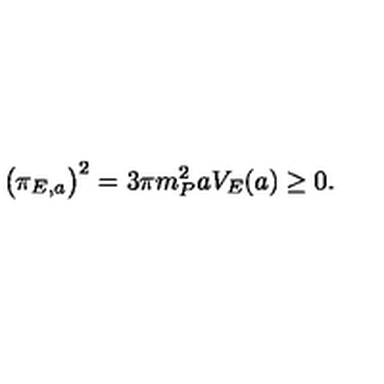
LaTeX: \bigl ( \pi _ { E , a } \bigr ) ^ { 2 } = 3 \pi m _ { P } ^ { 2 } a V _ { E } ( a ) \geq 0 .